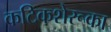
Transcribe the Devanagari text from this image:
कटिकशेरूका